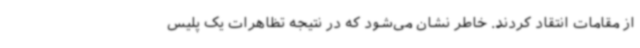
از مقامات انتقاد کردند. خاطر نشان می‌شود که در نتیجه تظاهرات یک پلیس